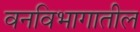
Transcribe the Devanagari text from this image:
वनविभागातील